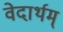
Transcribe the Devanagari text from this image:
वेदार्थम्